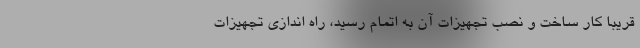
قریباً کار ساخت و نصب تجهیزات آن به اتمام رسید، راه اندازی تجهیزات